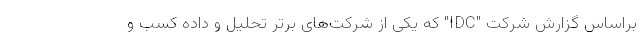
براساس گزارش شرکت "IDC" که یکی از شرکت‌های برتر تحلیل و داده کسب و